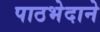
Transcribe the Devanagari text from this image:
पाठभेदाने